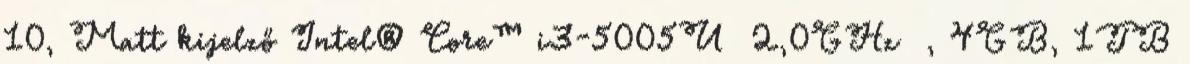
10, Matt kijelző Intel® Core™ i3-5005U 2,0GHz , 4GB, 1TB